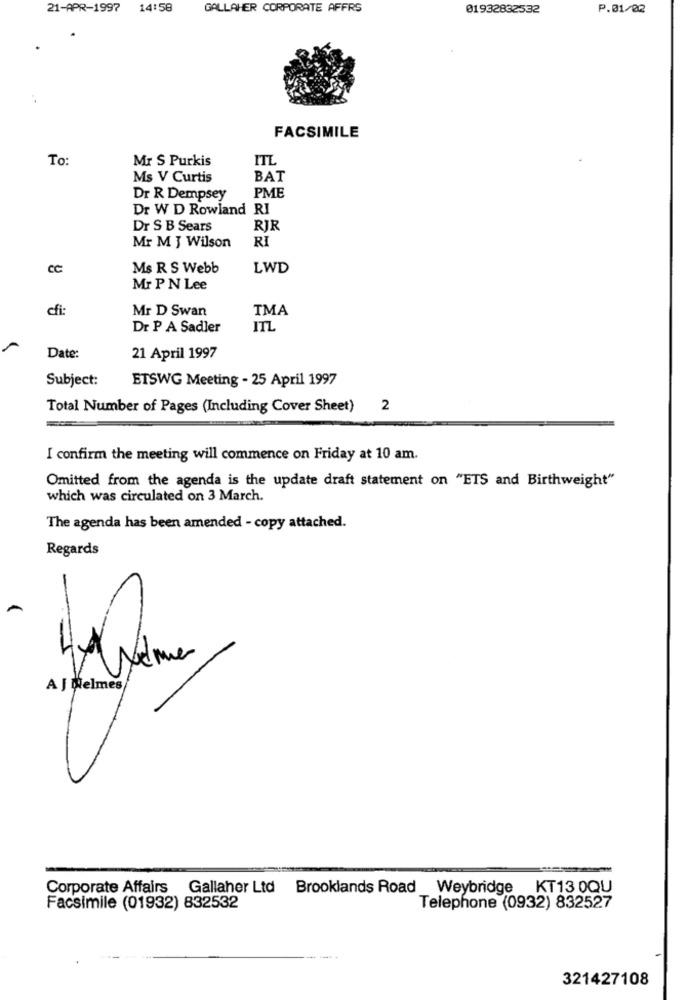
21-APR-1997 14:58
GALLAHER CORPORATE AFFRS
01932832532
P.01/02
FACSIMILE
To:
Mr S Purkis
ITL
Ms V Curtis
BAT
Dr R Dempsey
PME
Dr W D Rowland RI
Dr S B Sears
RIR
RI
Mr M J Wilson
CC
Ms R S Webb
LWD
Mr P N Lee
cfi:
Mr D Swan
TMA
Dr P A Sadler
ITL
Date:
21 April 1997
Subject:
ETSWG Meeting - 25 April 1997
Total Number of Pages (Including Cover Sheet)
2
I confirm the meeting will commence on Friday at 10 am.
Omitted from the agenda is the update draft statement on "ETS and Birthweight"
which was circulated on 3 March.
The agenda has been amended - copy attached.
Regards
Nadmier
A J Nelmes
Corporate Affairs Gallaher Ltd Brooklands Road _Weybridge
KT13 0QU
Facsimile (01932) 832532
Telephone (0932) 832527
321427108